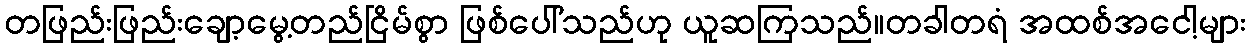
တဖြည်းဖြည်းချော့မွေ့တည်ငြိမ်စွာ ဖြစ်ပေါ်သည်ဟု ယူဆကြသည်။တခါတရံ အထစ်အငေါ့များ